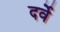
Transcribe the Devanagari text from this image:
दर्वे